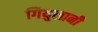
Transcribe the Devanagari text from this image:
गियुलानी